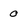
Character: 0